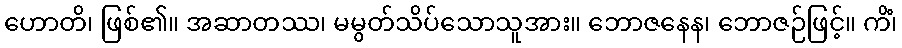
ဟောတိ၊ ဖြစ်၏။ အဆာတဿ၊ မမွတ်သိပ်သောသူအား။ ဘောဇနေန၊ ဘောဇဉ်ဖြင့်။ ကိံ၊